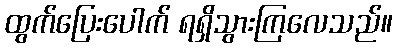
ထွက်ပြေးပေါက် ရရှိသွားကြလေသည်။